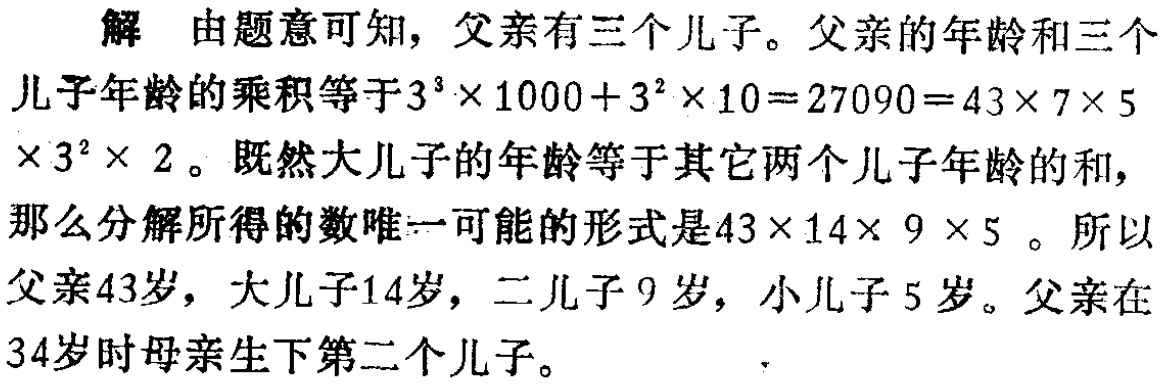
解 由题意可知，父亲有三个儿子。父亲的年龄和三个儿子年龄的乘积等于\(3^{3}\times 1000 + 3^{2}\times 10 = 27090 = 43\times 7\times 5\times 3^{2}\times 2\)。既然大儿子的年龄等于其它两个儿子年龄的和，那么分解所得的数唯一可能的形式是\(43\times 14\times 9\times 5\)。所以父亲43岁，大儿子14岁，二儿子9岁，小儿子5岁。父亲在34岁时母亲生下第二个儿子。